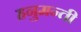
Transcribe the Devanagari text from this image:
हनुमन्ती